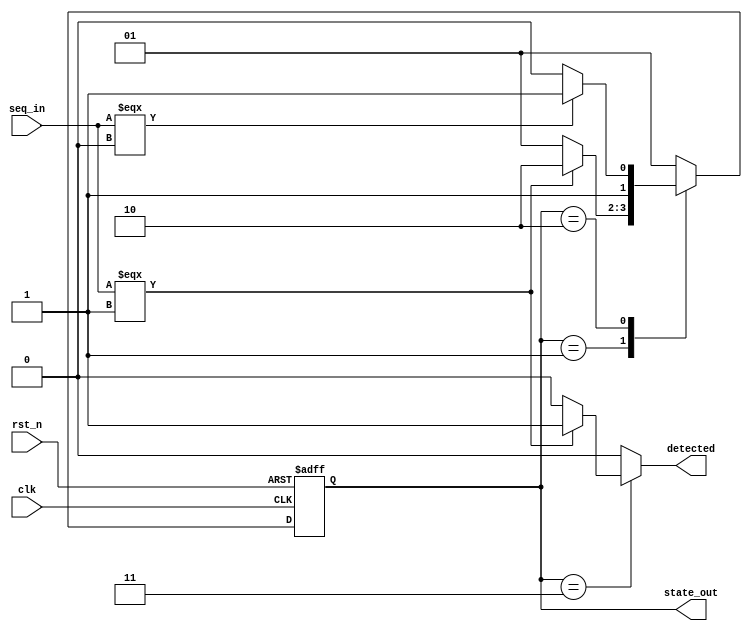
`timescale 1us/1ns
module seq_det_non_overlaping(
  input clk,
  input rst_n,
  input seq_in,
  output reg detected,
  output [1:0] state_out // used for debag
);
  
  parameter [1:0] S1 = 2'b01, 
                  S10 = 2'b10, 
                  S101 = 2'b11; 
  
  reg [1:0] state;
  reg [1:0] next_state;
  
  always @(*) begin 
    detected = 1'b0;
    case (state)
      
      S1: begin                // wait for the first 1
        if ( seq_in === 1 )
          next_state = S10;
        else
          next_state = S1;
      end
      
      S10: begin               // wait next for 0
        if ( seq_in === 1'b0 )
          next_state = S101;
        else
          next_state = S10;
      end
      
     S101: begin              // wait next for 1 
       if ( seq_in === 1'b1 ) 
          detected=1;
        next_state = S1;
      end
      
      default: next_state = S1;
    endcase
    
  end
  
    //state sequencer
  always @(posedge clk or negedge rst_n) begin
    if(!rst_n)
      state <= S1;
    else 
      state <= next_state;
  end 
  
  assign state_out = state;  // connect "state" with output port.
endmodule